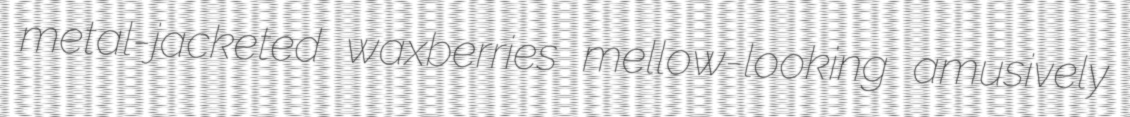
metal-jacketed waxberries mellow-looking amusively